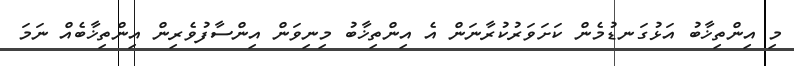
މި އިންތިޚާބު އަޅުގަނޑުމެން ކަށަވަރުކުރާނަން އެ އިންތިޚާބު މިނިވަން އިންސާފުވެރިން އިންތިޚާބެއް ނަމަ